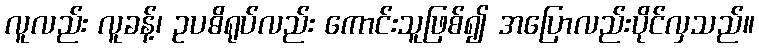
လူလည်း လူခန့်၊ ဥပဓိရုပ်လည်း ကောင်းသူဖြစ်၍ အပြောလည်းပိုင်လှသည်။